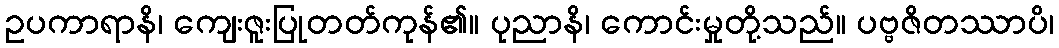
ဥပကာရာနိ၊ ကျေးဇူးပြုတတ်ကုန်၏။ ပုညာနိ၊ ကောင်းမှုတို့သည်။ ပဗ္ဗဇိတဿာပိ၊